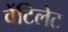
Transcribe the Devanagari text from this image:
वेंटिलेट